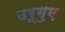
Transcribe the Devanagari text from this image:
उरूगुए